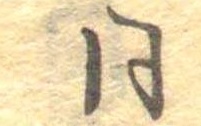
同